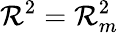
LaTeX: \mathcal{R}^{2}=\mathcal{R}_{m}^{2}